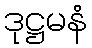
ဒုဋ္ဌမနံ